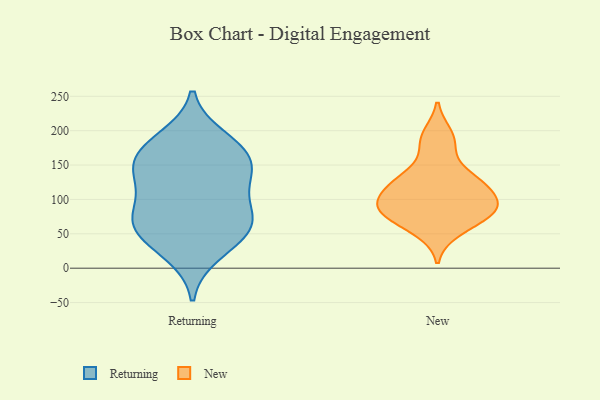
{"axis": {"x": "Latency (ms)", "y": "Value"}, "legend": ["New", "Returning"], "data": [{"x": "", "y": 169, "type": "Returning"}, {"x": "", "y": 132, "type": "Returning"}, {"x": "", "y": 57, "type": "Returning"}, {"x": "", "y": 75, "type": "Returning"}, {"x": "", "y": 48, "type": "Returning"}, {"x": "", "y": 22, "type": "Returning"}, {"x": "", "y": 153, "type": "Returning"}, {"x": "", "y": 64, "type": "Returning"}, {"x": "", "y": 171, "type": "Returning"}, {"x": "", "y": 76, "type": "Returning"}, {"x": "", "y": 112, "type": "Returning"}, {"x": "", "y": 140, "type": "Returning"}, {"x": "", "y": 188, "type": "Returning"}, {"x": "", "y": 92, "type": "New"}, {"x": "", "y": 92, "type": "New"}, {"x": "", "y": 179, "type": "New"}, {"x": "", "y": 75, "type": "New"}, {"x": "", "y": 132, "type": "New"}, {"x": "", "y": 194, "type": "New"}, {"x": "", "y": 122, "type": "New"}, {"x": "", "y": 115, "type": "New"}, {"x": "", "y": 54, "type": "New"}, {"x": "", "y": 132, "type": "New"}, {"x": "", "y": 95, "type": "New"}, {"x": "", "y": 85, "type": "New"}, {"x": "", "y": 74, "type": "New"}]}